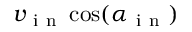
v _ { \mathrm { ~ i ~ n ~ } } \cos ( \alpha _ { \mathrm { ~ i ~ n ~ } } )